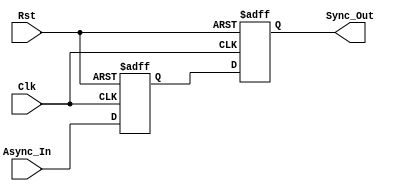
module dual_flip_flop_synchronizer (
    input wire Async_In,   // Asynchronous input signal
    input wire Clk,        // Clock signal for the destination domain
    input wire Rst,        // Optional reset signal
    output reg Sync_Out     // Synchronized output signal
);

    // Internal signals for the first and second flip-flops
    reg FF1_out;           // Output of the first flip-flop

    // First flip-flop: samples the asynchronous input
    always @(posedge Clk or posedge Rst) begin
        if (Rst) begin
            FF1_out <= 1'b0;  // Reset state
        end else begin
            FF1_out <= Async_In; // Sample the asynchronous input
        end
    end

    // Second flip-flop: samples the output of the first flip-flop
    always @(posedge Clk or posedge Rst) begin
        if (Rst) begin
            Sync_Out <= 1'b0;  // Reset state
        end else begin
            Sync_Out <= FF1_out; // Output of the first flip-flop
        end
    end

endmodule